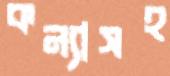
কন্যাসহ